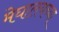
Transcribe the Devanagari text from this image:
मेघालयच्या